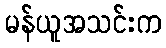
မန်ယူအသင်းက